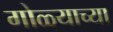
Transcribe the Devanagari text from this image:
गोळ्याच्या